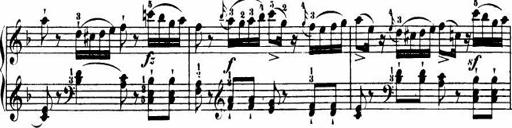
Title: Le bouquetier
Composer: Anton Diabelli
Key: G major
 C major
 F major
 C major